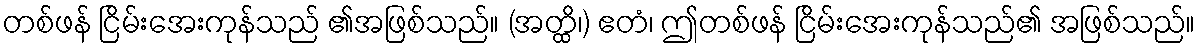
တစ်ဖန် ငြိမ်းအေးကုန်သည် ၏အဖြစ်သည်။ (အတ္ထိ၊) ဧတံ၊ ဤတစ်ဖန် ငြိမ်းအေးကုန်သည်၏ အဖြစ်သည်။